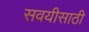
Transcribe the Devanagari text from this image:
सवयीसाठी